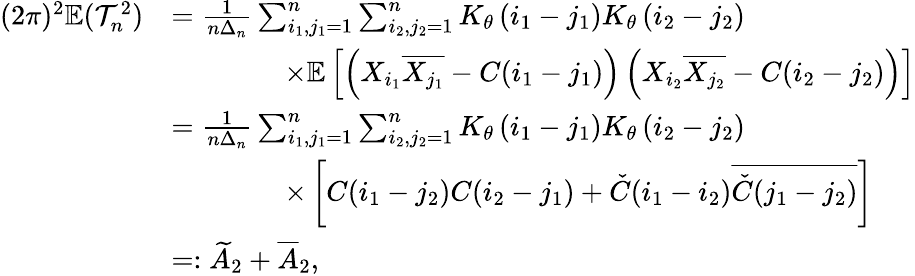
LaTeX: \begin{array}{rl}{(2\pi)^{2}\mathbb{E}(\mathcal T_{n}^{2})}&{=\frac{1}{n\Delta_{n}}\sum_{i_{1},j_{1}=1}^{n}\sum_{i_{2},j_{2}=1}^{n}K_{\theta}\left(i_{1}-j_{1}\right)K_{\theta}\left(i_{2}-j_{2}\right)}\\ &{\qquad\qquad\times\mathbb{E}\left[\left(X_{i_{1}}\overline{{X_{j_{1}}}}-C(i_{1}-j_{1})\right)\left(X_{i_{2}}\overline{{X_{j_{2}}}}-C(i_{2}-j_{2})\right)\right]}\\ &{=\frac{1}{n\Delta_{n}}\sum_{i_{1},j_{1}=1}^{n}\sum_{i_{2},j_{2}=1}^{n}K_{\theta}\left(i_{1}-j_{1}\right)K_{\theta}\left(i_{2}-j_{2}\right)}\\ &{\qquad\qquad\times\left[C(i_{1}-j_{2})C(i_{2}-j_{1})+\check{C}(i_{1}-i_{2})\overline{{\check{C}(j_{1}-j_{2})}}\right]}\\ &{=:\widetilde A_{2}+\overline{{A}}_{2},}\end{array}